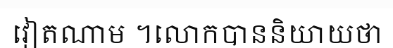
វៀតណាម ។លោកបាននិយាយថា